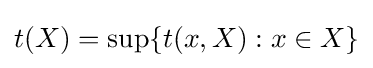
t(X)=\sup\{t(x,X):x\in X\}